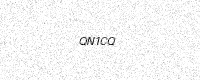
Text: QN1CQ